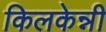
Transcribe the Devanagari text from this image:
किलकेन्नी